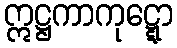
ဣဋ္ဌကာကုဋ္ဋော